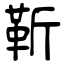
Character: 靳